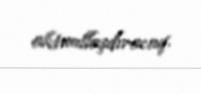
aktuallaşdıracaq.